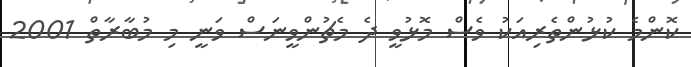
ކޮންމެ ކުޅުންތެރިއަކު ވެސް މޮޅުވީ ދެ މެޗުންވީނަސް ވަނީ މި މުބާރާތް 2001